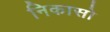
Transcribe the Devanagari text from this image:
निकासो